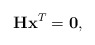
\begin{align*}\mathbf{Hx}^T = \mathbf{0} \textrm{,}\end{align*}